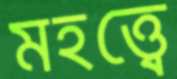
মহত্ত্বে